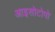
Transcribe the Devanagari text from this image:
आइसोटोपो